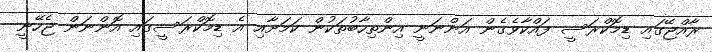
ރާއްޖޭގައި ޑިމޮކްރަސީ ފައްކާވެގެން އަންނަނީ އިންތިހާބުތަކުން ކަމަށާއި އެ ޑިމޮކްރަސީގައި އޮންނަން ޖެހޭނީ